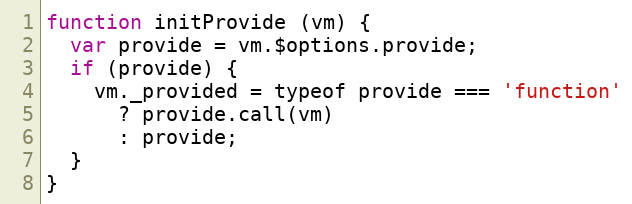
Language: JavaScript
function initProvide (vm) {
  var provide = vm.$options.provide;
  if (provide) {
    vm._provided = typeof provide === 'function'
      ? provide.call(vm)
      : provide;
  }
}